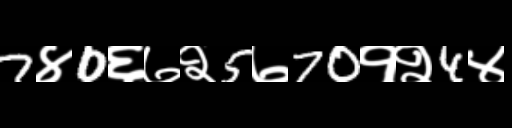
Text: 7४0६७२5७70१२4४